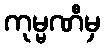
ကုမ္မဏီမှ